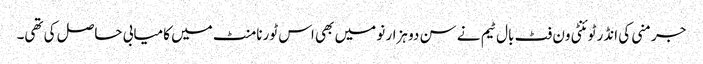
جرمنی کی انڈر ٹوئنٹی ون فٹ بال ٹیم نے سن دو ہزار نو میں بھی اس ٹورنامنٹ میں کامیابی حاصل کی تھی۔